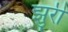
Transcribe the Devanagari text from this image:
झुरी